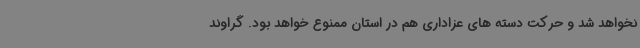
نخواهد شد و حرکت دسته های عزاداری هم در استان ممنوع خواهد بود. گراوند